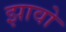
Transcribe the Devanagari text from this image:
झावो